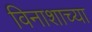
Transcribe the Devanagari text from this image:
विनाशाच्या